Report on sanitation, dispensaries, and jails in Rajputana for 1909, and on vaccination for the year 1909-1910 - 1909-1910
Year: 1909
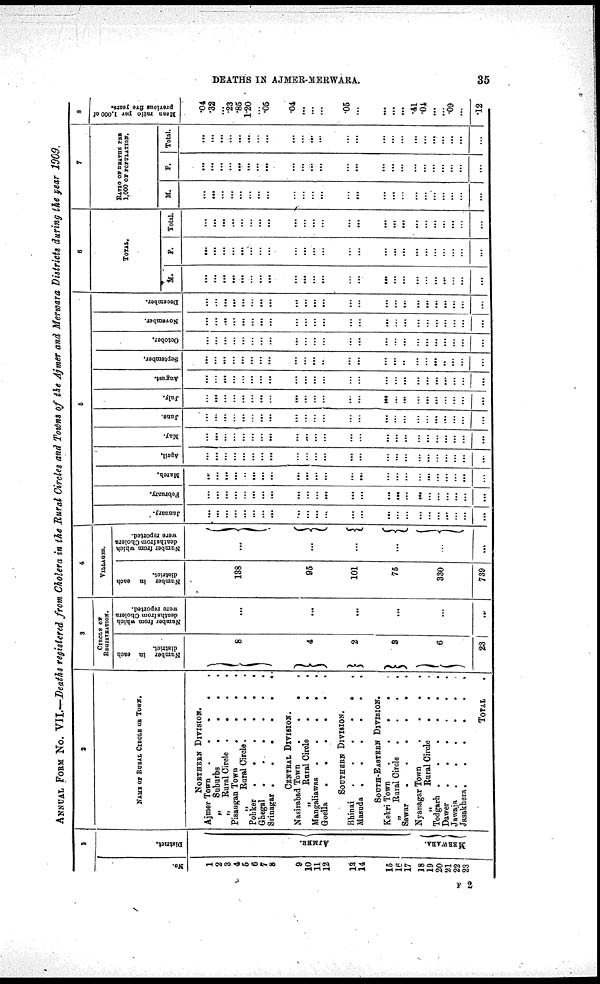
DEATHS IN AJMER-MERWARA.
35
ANNUAL FORM No. VII.—Deaths registered from Cholera in the Rural Circles and Towns of the Ajmer and Merwara Districts during the year 1909.
1
No.
1
2
3
4
5
6
7
8
9
10
11
12
13
14
15
16
17
18
19
20
21
22
23
District.
AJMER.
MERWARA.
2
NAME OF RURAL CIRCLE OF TOWN.
NORTHERN DIVISION.
Ajmer Town
.
.
.
.
.
„
Suburbs
.
.
.
.
„
Rural Circle
. . . .
Pisaugan Town
.
.
.
.
„
Rural Circle. . . .
Pohker
.
.
.
.
.
.
Ghegal
.
.
.
.
.
.
Srinagar .
.
.
.
.
. .
CENTRAL DIVISION.
Nasirabad Town
. . . .
„
Rural Circle
.
. .
Mangaliawas
.
.
.
.
.
Goella
.
.
.
.
.
.
SOUTHERN DIVISION.
Bhinai
.
.
.
.
.
.
Masuda .
.
.
.
.
.
SOUTH-EASTERN DIVISION.
Kekri Town
.
.
.
. .
„
Rural Circle
.
.
.
.
Sawar
.
.
.
.
.
.
NyanagarTown
.
.
.
.
„
Rural Circle
.
. .
Todgarh .
.
.
.
.
.
Dawer . .
.
.
.
.
Jawaja
.
.
.
.
.
Jasakhera .
. . . . .
TOTAL .
3
CIRCLE OF
REGISTRATION.
Number in each
district.
8
4
2
3
6
23
Number from which
deaths from Cholera
were reported.
...
...
...
...
...
...
4
VILLAGE.
Number in each
district.
138
95
101
75
330
739
Number from which
deaths from Cholera
were reported.
...
...
...
...
...
...
5
January.
...
...
...
...
...
...
...
...
...
...
...
...
...
...
...
...
...
...
...
...
...
...
...
...
February.
...
...
...
...
...
...
...
...
...
...
...
...
...
...
...
...
...
...
...
...
...
...
...
...
March.
...
...
...
...
...
...
...
...
...
...
...
...
...
...
...
...
...
...
...
...
...
...
...
. . .
April.
...
...
...
...
...
...
...
...
...
...
...
...
...
...
...
...
...
...
...
...
...
...
...
...
May.
...
...
...
...
...
...
...
...
...
...
...
...
...
...
...
...
...
...
...
...
...
...
...
...
June.
...
...
...
...
...
...
...
...
...
...
...
...
...
...
...
...
...
...
...
...
...
...
...
...
July.
...
...
...
...
...
...
...
...
...
...
...
...
...
...
...
...
...
...
...
...
...
...
...
...
August.
...
...
...
...
...
...
...
...
...
...
...
...
...
...
...
...
...
...
...
...
...
...
...
...
September.
...
...
...
...
...
...
...
...
...
...
...
..
...
...
...
...
..
...
...
...
..
...
...
...
October.
...
...
...
...
...
...
...
...
...
...
...
...
...
...
...
...
...
...
...
...
...
...
...
...
November.
...
...
...
...
...
...
...
...
...
...
...
...
...
...
...
...
...
...
...
...
...
...
...
...
December.
...
...
...
...
...
...
...
...
...
...
...
...
...
...
...
...
...
...
...
...
...
...
...
...
6
TOTAL.
M.
...
...
...
...
...
...
...
...
...
...
...
...
...
...
...
...
...
...
...
...
...
...
...
...
F.
...
...
...
...
...
...
...
...
...
...
...
...
...
...
...
...
...
...
...
...
...
...
...
...
Total.
...
...
...
...
...
...
...
...
...
...
...
...
...
...
...
...
...
...
...
...
...
...
...
...
7
RATIO OF DEATHS PER
1,000 OF POPULATION.
M.
...
...
...
...
...
...
...
...
...
...
...
...
...
...
...
...
...
...
...
...
...
...
...
...
F.
...
...
...
...
...
...
...
...
...
...
...
...
...
...
...
...
...
...
...
...
...
...
...
...
Total.
...
...
...
...
...
...
...
...
...
...
...
...
...
...
...
...
...
...
...
...
...
...
...
...
8
Mean ratio per 1,000 of
previous five years.
.04
.32
...
.23
.86
1.20
...
.05
.04
...
...
...
.05
...
...
...
...
.41
.04
...
...
.09
...
.12